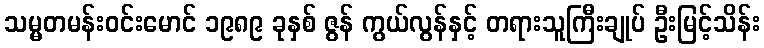
သမ္မတမန်းဝင်းမောင် ၁၉၈၉ ခုနှစ် ဇွန် ကွယ်လွန်နှင့် တရားသူကြီးချုပ် ဦးမြင့်သိန်း